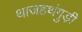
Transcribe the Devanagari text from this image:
थाजहथंगुड़ी